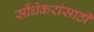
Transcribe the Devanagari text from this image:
सौंधेकरांसाठी